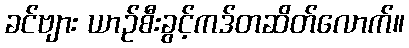
ခင်ဗျား ယာဉ်စီးခွင့်ကဒ်တဆိတ်လောက်။